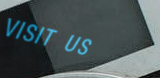
VISIT US